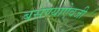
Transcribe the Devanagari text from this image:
बसण्याऐवजी